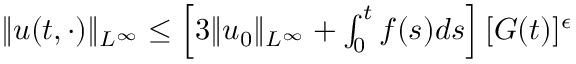
\begin{array} { r } { \| u ( t , \cdot ) \| _ { L ^ { \infty } } \leq \left[ 3 \| u _ { 0 } \| _ { L ^ { \infty } } + \int _ { 0 } ^ { t } f ( s ) d s \right] [ G ( t ) ] ^ { \epsilon } } \end{array}